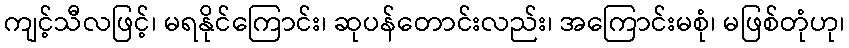
ကျင့်သီလဖြင့်၊ မရနိုင်ကြောင်း၊ ဆုပန်တောင်းလည်း၊ အကြောင်းမစုံ၊ မဖြစ်တုံဟု၊